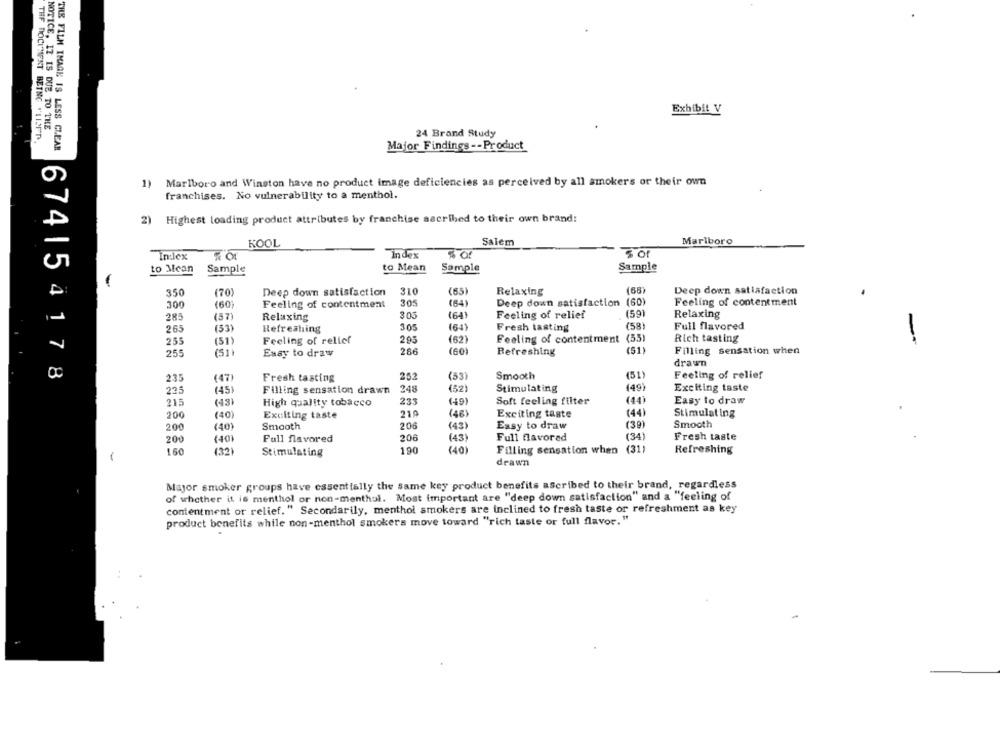
Exhibit V
NOTICE, IT IS DUE TO THE
24 Brand Study
THE DOCUMENT BEING PUISFD,
THE FILM IMAGE IS LESS CLEAR
Major Findings -- Product
1) Marlboro and Winston have no product image deficiencies as perceived by all smokers or their own
franchises. No vulnerability to a menthol.
2) Highest loading product attributes by franchise ascribed to their own brand:
Salem
Marlboro
KOOL
In:lex
Index
% Of
to Mean
Sample
to Mean
Sample
Sample
67415
-
350
(70)
Deep down satisfaction
310
(65)
Relaxing
(68)
Deep down satisfaction
Feeling of contentment
300
(60)
Feeling of contentment
305
(64)
Deep down satisfaction (60)
285
(57)
Relaxing
3 05
(64)
Feeling of relief
(59)
Relaxing
265
(33)
Refreshing
305
(64)
Fresh tasting
(58)
Full flavored
Rich tasting
255
(51)
Feeling of relief
205
(62)
Feeling of contentment (55)
255
(51)
Easy to draw
286
(60)
Refreshing
(51)
Filling sensation when
drawn
253
(53)
Smooth
(51)
Feeling of relief
7 8
235
(47)
Fresh tasting
225
(45)
Filling sensation drawn
248
(52)
Stimulating
(49)
Exciting taste
215
(43)
High quality tobacco
233
(49)
Soft feeling filter
(44)
Easy to draw
(40)
210
(48)
(44)
Stimulating
200
Exciting taste
Exciting taste
200
(401
Smooth
206
(43)
Easy to draw
(39)
Smooth
(34)
Fresh taste
200
(40)
Full flavored
206
(43)
Full flavorad
160
100
(40)
Filling sensation when (31)
Refreshing
(32)
Stimulating
-
drawn
Major smoker groups have essentially the same key product benefits ascribed to their brand, regardless
of whether it is menthol or non-menthol. Most important are "deep down satisfaction" and a "feeling of
contentment or relief. " Secondarily, menthol smokers are inclined to fresh taste or refreshment as key
product benefits while non-menthol smokers move toward "rich taste or full flavor."